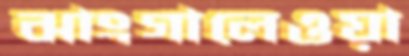
ঝাংগালেওয়া